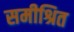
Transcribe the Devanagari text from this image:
समीश्रित